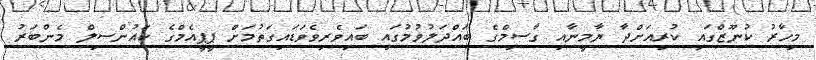
މިހާރު ކުނޫޒްގައި ކުރިއަށްދާ ޔާމީނާއި ގާސިމްގެ ބައްދަލުވުމުގައި ބައިވެރިވެވަޑައިގަތުމަށް ޕީޕީއެމްގެ ކައުންސިލް މެންބަރު